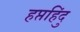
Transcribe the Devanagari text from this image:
हप्तहिंदु